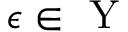
\epsilon \in \textrm { Y }